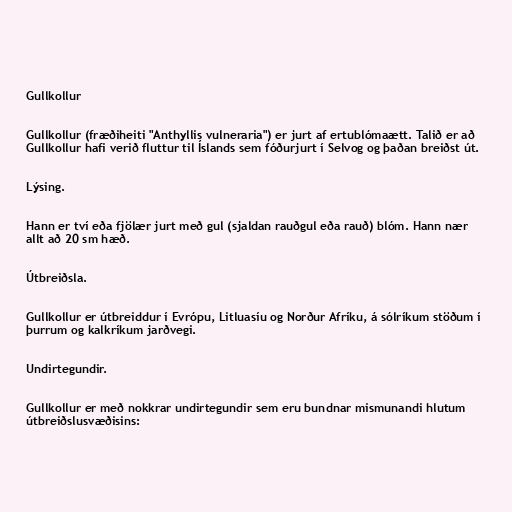
Gullkollur

Gullkollur (fræðiheiti "Anthyllis vulneraria") er jurt af ertublómaætt. Talið er að
Gullkollur hafi verið fluttur til Íslands sem fóðurjurt í Selvog og þaðan breiðst út.

Lýsing.

Hann er tví eða fjölær jurt með gul (sjaldan rauðgul eða rauð) blóm. Hann nær
allt að 20 sm hæð.

Útbreiðsla.

Gullkollur er útbreiddur í Evrópu, Litluasíu og Norður Afríku, á sólríkum stöðum í
þurrum og kalkríkum jarðvegi.

Undirtegundir.

Gullkollur er með nokkrar undirtegundir sem eru bundnar mismunandi hlutum
útbreiðslusvæðisins: